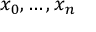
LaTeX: x _ { 0 } , \ldots , x _ { n } \,